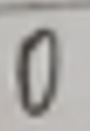
0